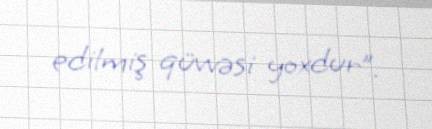
edilmiş qüvvəsi yoxdur”.